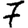
Digit: 7